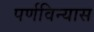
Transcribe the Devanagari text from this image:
पर्णविन्यास